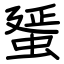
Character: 蜑